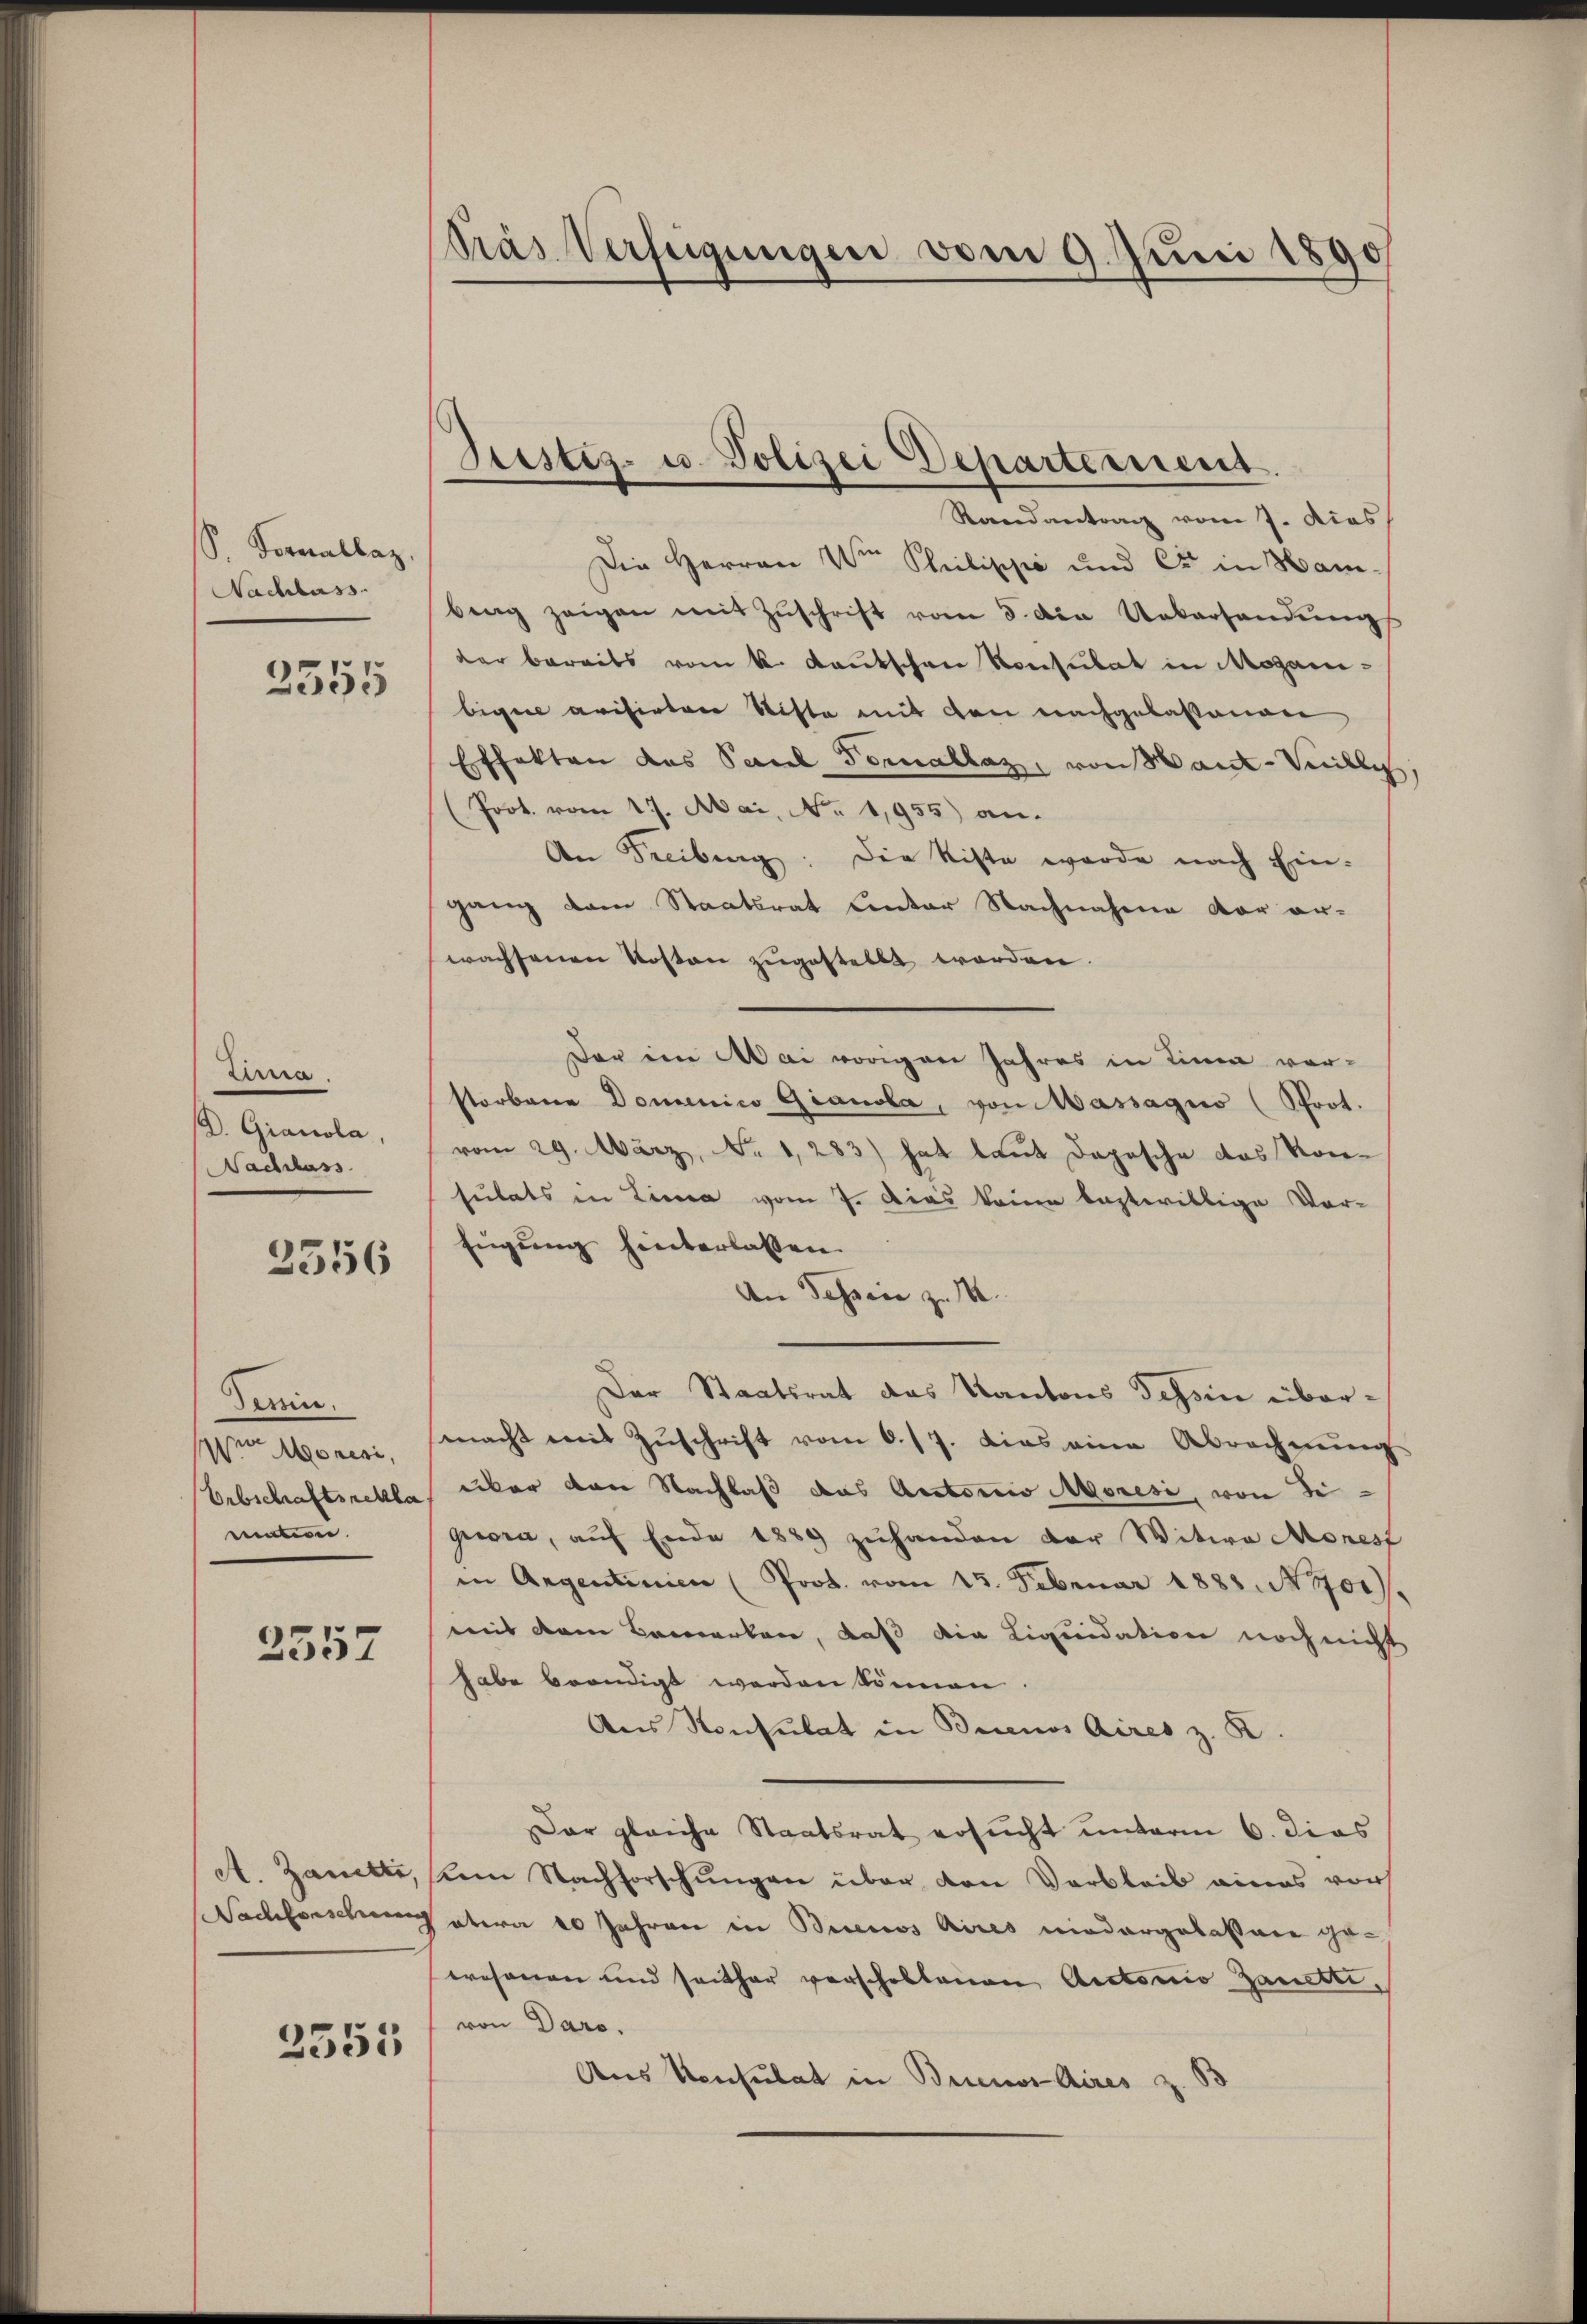
S. Formallaz
Nachlass
2555

lesen.
D. Gianola,
NNachlass

2556

Derin.
Von Moren,
mation.

2557

A. Zanetti,
Nachforschung

2355

Pras Verfügungen vom 9. Juni 1890

Justiz- u. Polizei Departement.

Randantrag vom 7. dies
Die Herren Ve Philippe und Er in Hamberg zeigen mit Zŭschrift vom 5. die Uebersandŭngs
der bereits vom k. Kautschen Konsulat in Moganibiger arisirten Stifte mit den nachgelassenen
Effekten das Paul Vornallaz, von Manz-Villis,
(Joot. vom 17. Mai, No 1,955) an.
An Freibung: Die Riste wurde nach Eingang dem Staatsrat unter Nachnahme vor erwachsenen Kosten zugestellt worden.
Der ein Mai vorigen Jahres in Linie vor-
storbene Domenico Gianola, von Massagio (Prot.
vom 29. März, No 1283) hat laut Depesche das Kon-
sutats in Linea vom 7. Dies keine leztwillige Vor-
Eugung hinterlassen.
An Tessin zu 4.
Der Staatsrat das Kantons Tessin übermacht mit Zuschrift vom 6. 17. Dies eine Abrechnung
Erbschaftsrekla über den Nachlaß das Actorio Moresi, von Segora, aŭf Ende 1889 zuhanden der Witwe Morest
in Argentinien (Prot. vom 15. Februar 1888. No. 401).
mit dem Bemerken, daß die Liquidation noch nicht
habe beendigt werden können.
Aus Konsulat in Buenos Aires z. R.
Dar gleiche Staatsrat ersŭcht unterm 6. dies
kem Nachforschungen über den Verbleib eines vor
otera 20 Jahren in Buenos Aires niedergelassene gerosonen und seither verscholtenen Actorio Zanetti,
von Dars.
Aus Konsulat in Buenos Aires z. 8